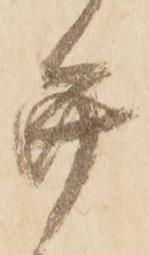
弁